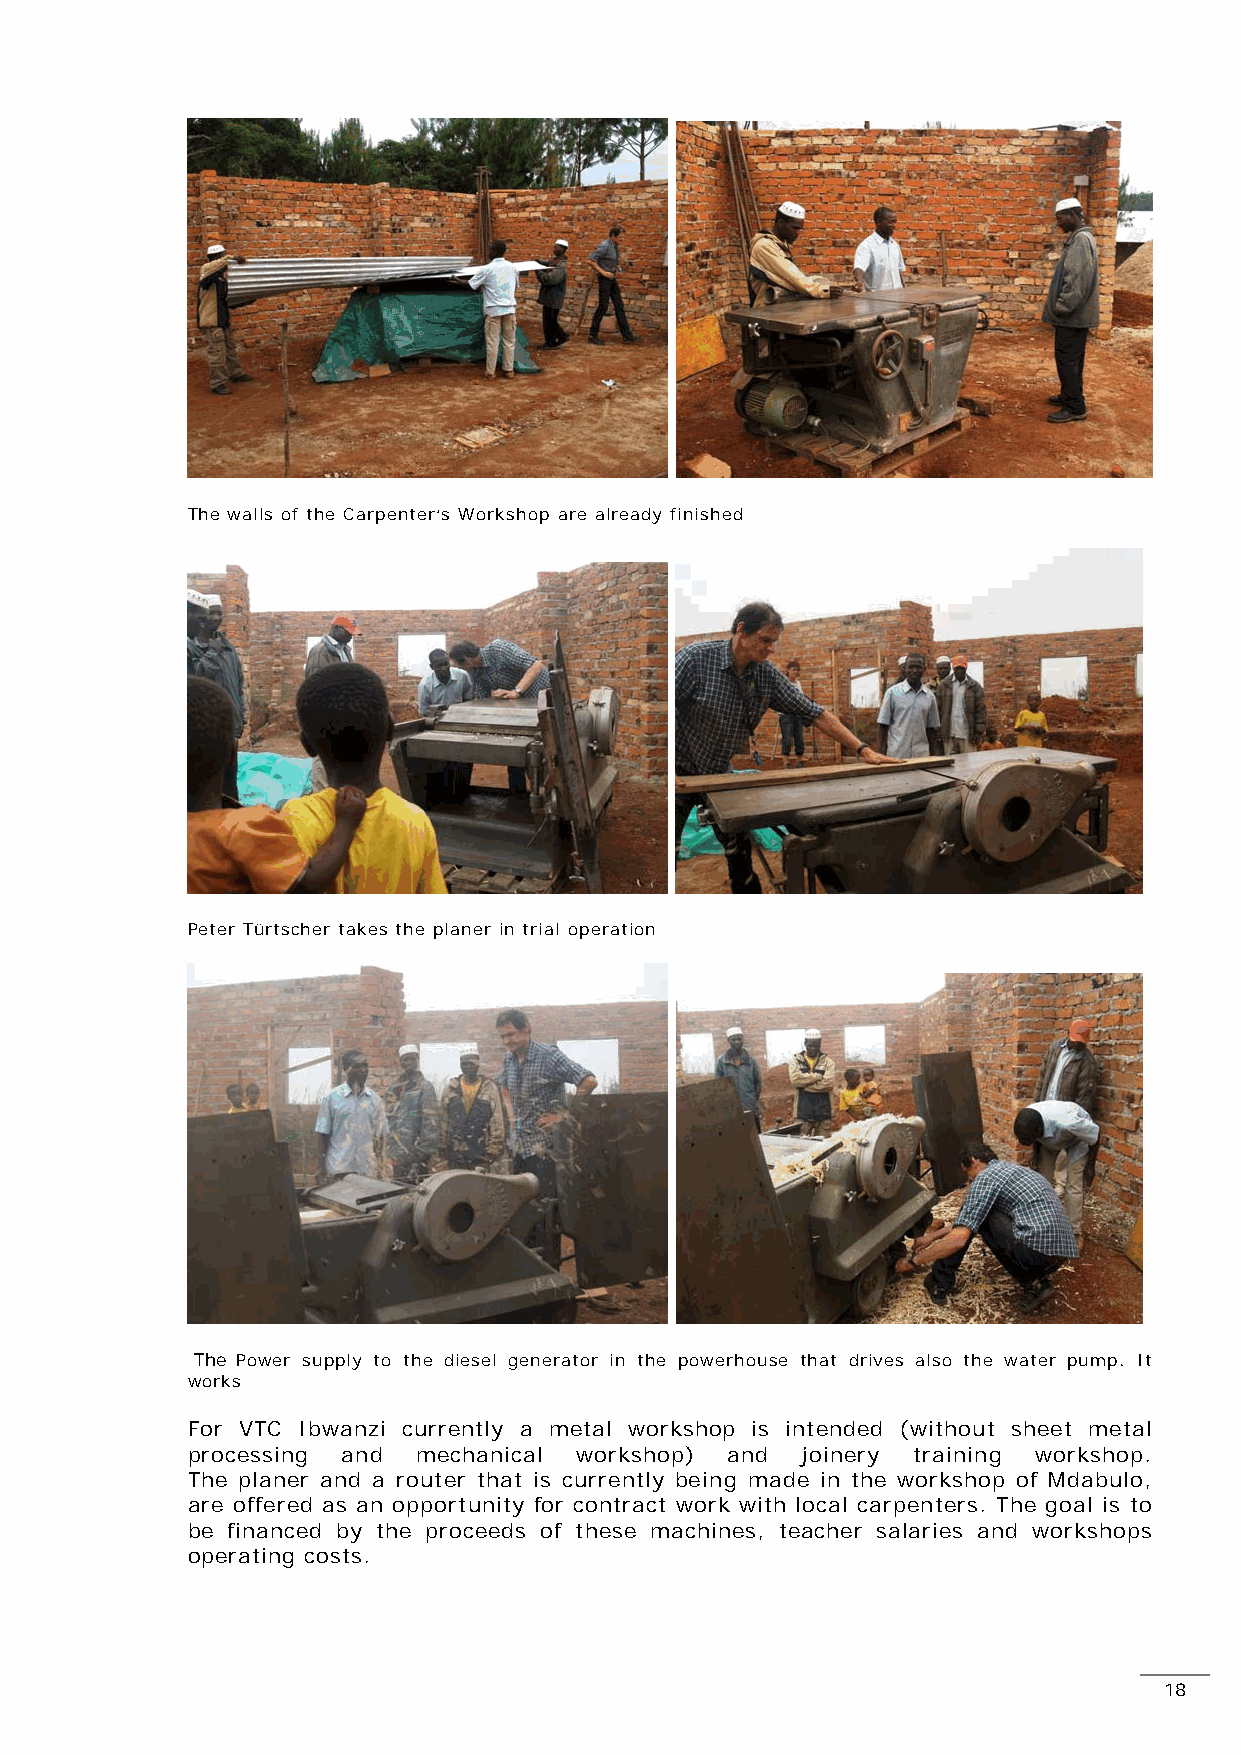
The walls of the Carpenter‘s Workshop are already finished
 Peter Türtscher takes the planer in trial operation
 The Power supply to the diesel generator in the powerhouse that drives also the water pump. It
 works
 For VTC Ibwanzi currently a metal workshop is intended (without sheet metal
 processing and  mechanical workshop) and joinery training workshop.
 The planer and a router that is currently being made in the workshop of Mdabulo,
 are offered as an opportunity for contract work with local carpenters. The goal is to
 be financed by the proceeds of these machines, teacher salaries and workshops
 operating costs.
 18